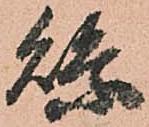
縣